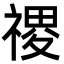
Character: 禝